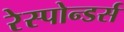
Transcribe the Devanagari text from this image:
रेस्पोन्डर्स